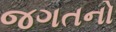
જગતનો